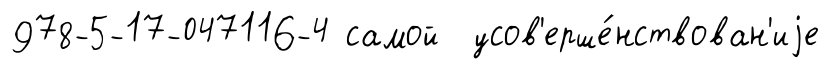
978-5-17-047116-4 самой усов'ерше́нствован'иjе